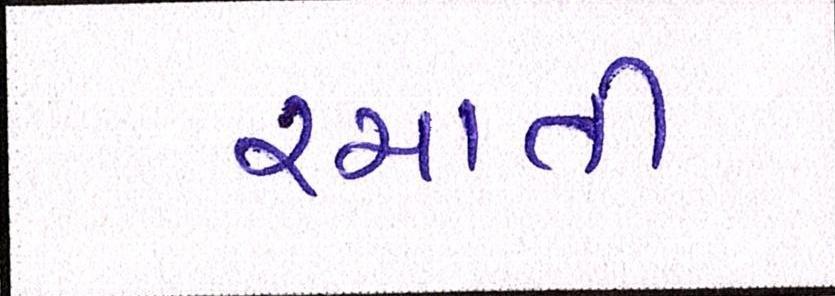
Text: રચાતી